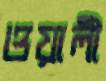
ওয়ালী